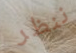
ننظر